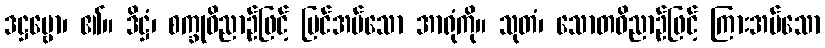
ဒဋ္ဌဗ္ဗော၊ ၏။ ဒိဋ္ဌံ၊ စက္ခုဝိညာဉ်ဖြင့် မြင်အပ်သော အာရုံကို။ သုတံ၊ သောတဝိညာဉ်ဖြင့် ကြားအပ်သော